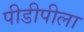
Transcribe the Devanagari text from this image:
पीडीपीला